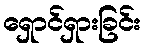
ရှောင်ရှားခြင်း